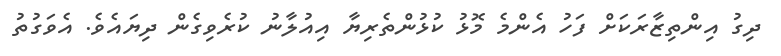
ދިގު އިންތިޒާރަކަށް ފަހު އެންމެ މޮޅު ކުޅުންތެރިޔާ އިއުލާނު ކުރެވިގެން ދިޔައެވެ. އެވަގުތު